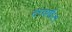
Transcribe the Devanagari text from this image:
दरवर्षी२९